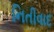
નિતીવાદ